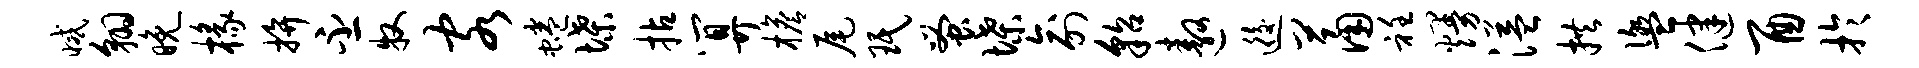
减翱晚椽拚丕牧客蜷堞拈算檐尾珉蚤堞俞貂遨逅萧衽熳溢拱盥健酉于